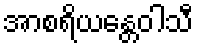
အာစရိယန္တေဝါသီ